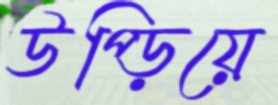
উপ্‌ড়িয়ে